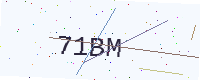
Text: 71BM